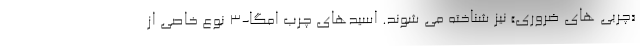
«چربی های ضروری» نیز شناخته می شوند. اسیدهای چرب امگا-3 نوع خاصی از